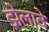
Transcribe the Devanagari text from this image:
झेलावे